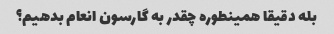
بله دقیقا همینطوره چقدر به گارسون انعام بدهیم؟